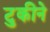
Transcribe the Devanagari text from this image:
टुकीने